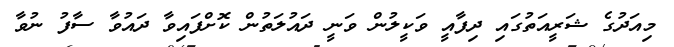
މިއަދުގެ ޝަރީއަތުގައި ދިފާއީ ވަކީލުން ވަނީ ދައުލަތުން ކޮށްފައިވާ ދައުވާ ސާފު ނުވާ